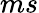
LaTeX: ms